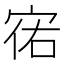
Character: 𫳌